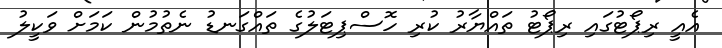
އެއީ ރިޕޯޓުގައި ރިޕޯޓު ތައްޔާރު ކުރި ހޮސްޕިޓަލުގެ ތައްގަނޑު ނެތުމުން ކަމަށް ވަކީލު